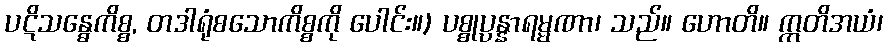
ပဋိသန္ဓေကိစ္စ, တဒါရုံစသောကိစ္စကို ပေါင်း။) ပစ္စုပ္ပန္နာရမ္မဏာ၊ သည်။ ဟောတိ။ ဣတိအယံ၊